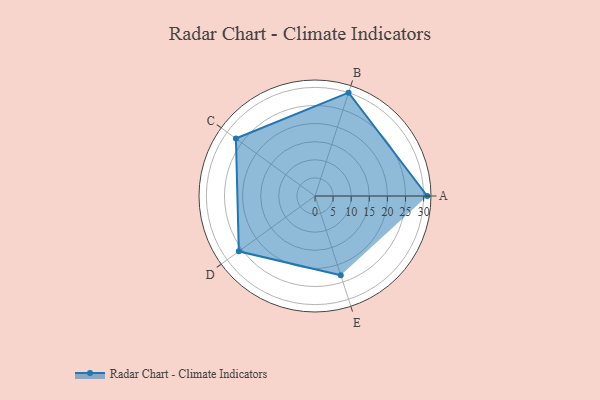
{"axis": {"x": "Skill", "y": "Score"}, "legend": ["Profile"], "data": [{"x": "A", "y": 31.0, "type": "Profile"}, {"x": "B", "y": 30.0, "type": "Profile"}, {"x": "C", "y": 27.0, "type": "Profile"}, {"x": "D", "y": 26.0, "type": "Profile"}, {"x": "E", "y": 23.0, "type": "Profile"}]}